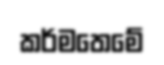
කර්මතෙමේ